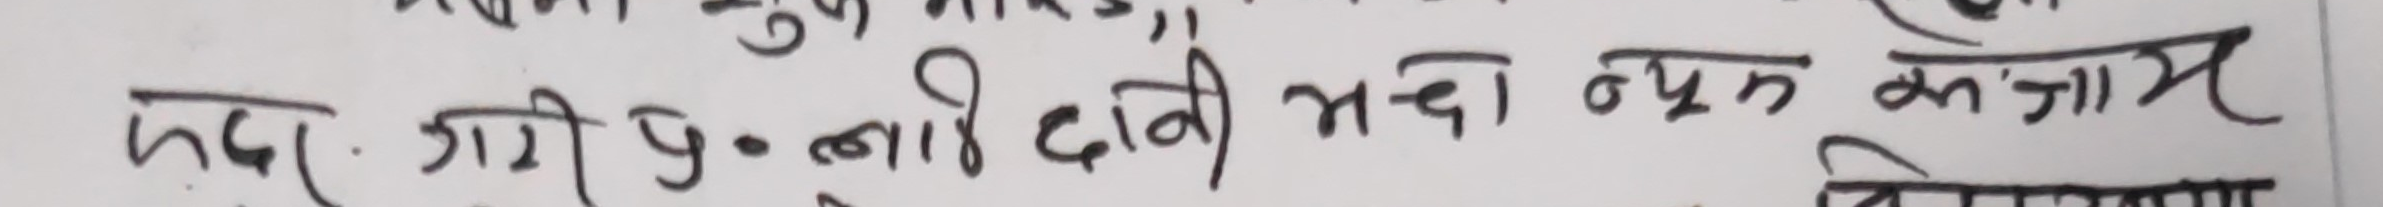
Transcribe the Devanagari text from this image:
प्रदर जारी पुऱ्याई दानी भन्दा व्यय कंजुस